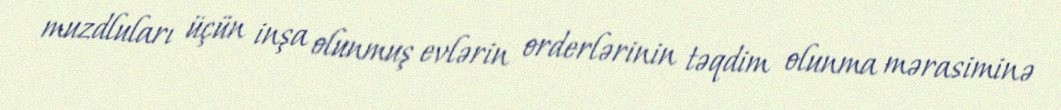
muzdluları üçün inşa olunmuş evlərin orderlərinin təqdim olunma mərasiminə